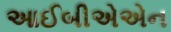
આઈબીએએન